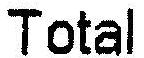
TOTAL